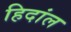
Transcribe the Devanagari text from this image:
हिदांल